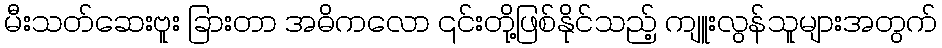
မီးသတ်ဆေးဗူး ခြားတာ အဓိကလော ၎င်းတို့ဖြစ်နိုင်သည့် ကျူးလွန်သူများအတွက်